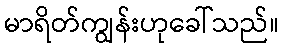
မာရိတ်ကျွန်းဟုခေါ်သည်။